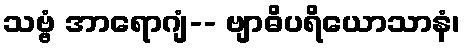
သဗ္ဗံ အာရောဂျံ-- ဗျာဓိပရိယောသာနံ၊